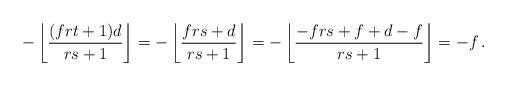
LaTeX: \begin{align*}-\left\lfloor \frac{(frt+1)d}{rs+1}\right\rfloor = -\left\lfloor \frac{frs+d}{rs+1}\right\rfloor = -\left\lfloor \frac{-frs+f+d-f}{rs+1}\right\rfloor = -f \, .\end{align*}